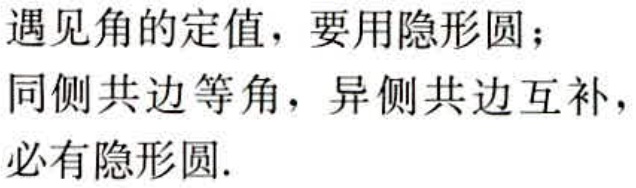
遇见角的定值，要用隐形圆；
同侧共边等角，异侧共边互补，
必有隐形圆.